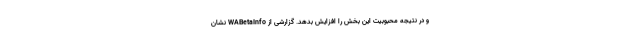
و در نتیجه محبوبیت این بخش را افزایش بدهد. گزارشی از WABetaInfo نشان